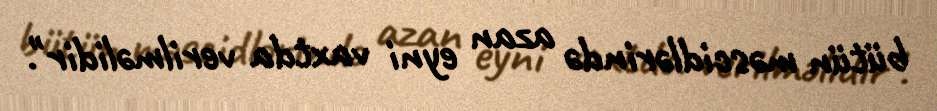
bütün məscidlərində azan eyni vaxtda verilməlidir".